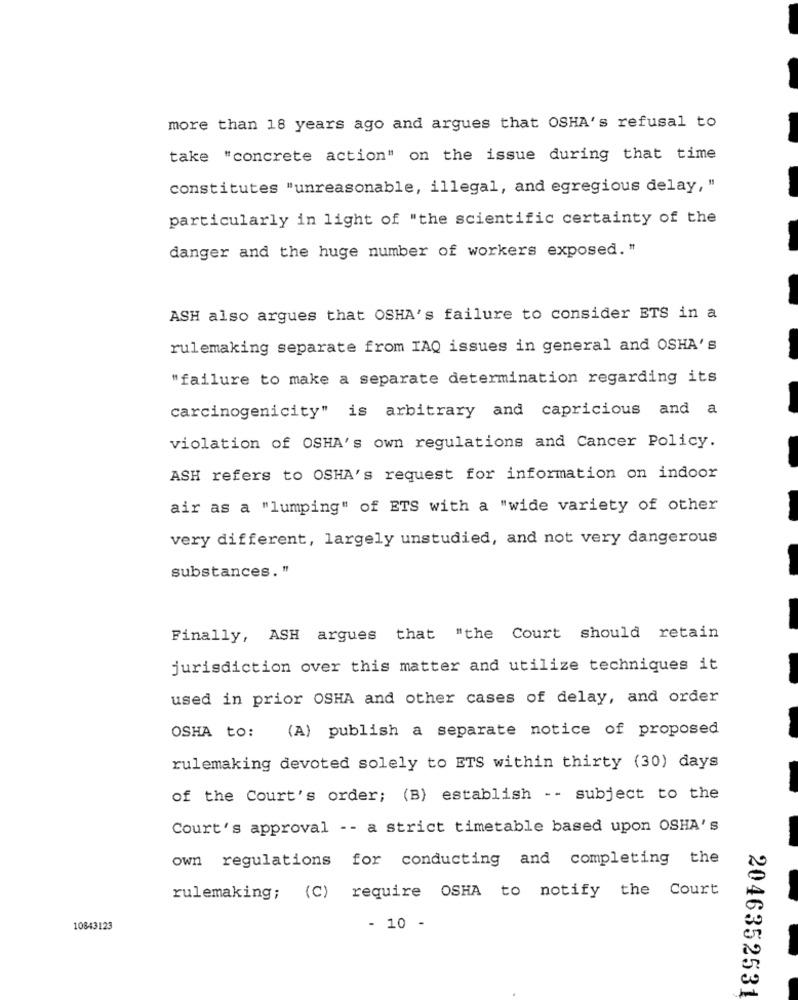
more than 18 years ago and argues that OSHA's refusal to
take "concrete action" on the issue during that time
constitutes "unreasonable, illegal, and egregious delay, "
particularly in light of "the scientific certainty of the
danger and the huge number of workers exposed. "
ASH also argues that OSHA's failure to consider ETS in a
rulemaking separate from IAQ issues in general and OSHA's
"failure to make a separate determination regarding its
carcinogenicity" is arbitrary and capricious and a
violation of OSHA's own regulations and Cancer Policy.
ASH refers to OSHA's request for information on indoor
air as a "lumping" of ETS with a "wide variety of other
very different, largely unstudied, and not very dangerous
substances. "
Finally, ASH argues that "the Court should retain
jurisdiction over this matter and utilize techniques it
used in prior OSHA and other cases of delay, and order
OSHA to: (A) publish a separate notice of proposed
rulemaking devoted solely to ETS within thirty (30) days
of the Court's order; (B) establish -- subject to the
Court's approval -- a strict timetable based upon OSHA's
own regulations for conducting and completing the
rulemaking; (C) require OSHA to notify the Court
10843123
- 10 -
2046352531